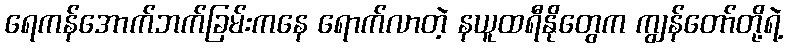
ရေကန်အောက်ဘက်ခြမ်းကနေ ရောက်လာတဲ့ နယူထရီနိုတွေက ကျွန်တော်တို့ရဲ့